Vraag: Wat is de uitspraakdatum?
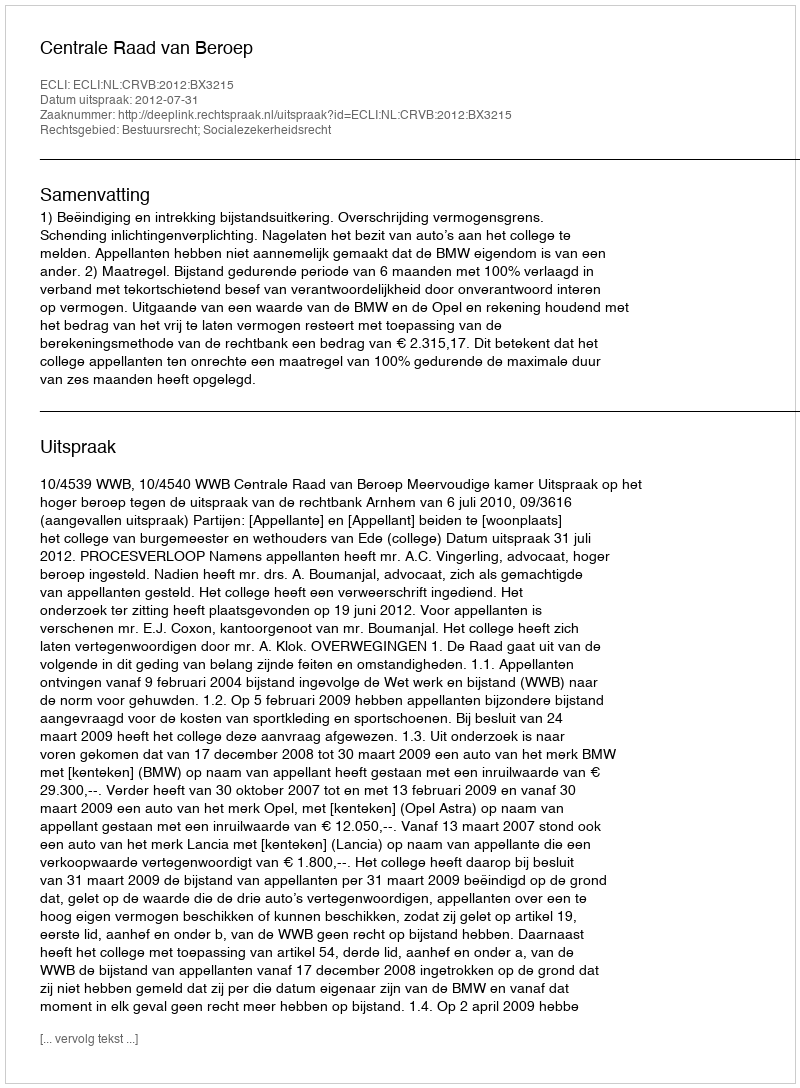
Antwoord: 2012-07-31